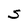
Character: S